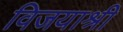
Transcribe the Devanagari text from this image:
विजयाश्री